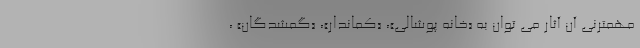
مهمترنی آن آثار می توان به «خانه پوشالی»، «کماندار»، «گمشدگان» ،